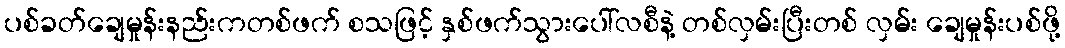
ပစ်ခတ်ချေမှုန်းနည်းကတစ်ဖက် စသဖြင့် နှစ်ဖက်သွားပေါ်လစီနဲ့ တစ်လှမ်းပြီးတစ် လှမ်း ချေမှုန်းပစ်ဖို့